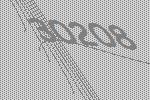
30208